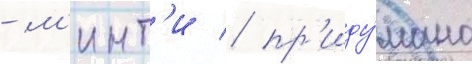
- м'инт'и / пр'иду́мано